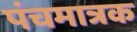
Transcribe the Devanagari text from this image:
पंचमात्रक